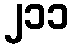
၂၁၁